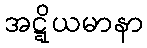
အဋ္ဋိယမာနာ